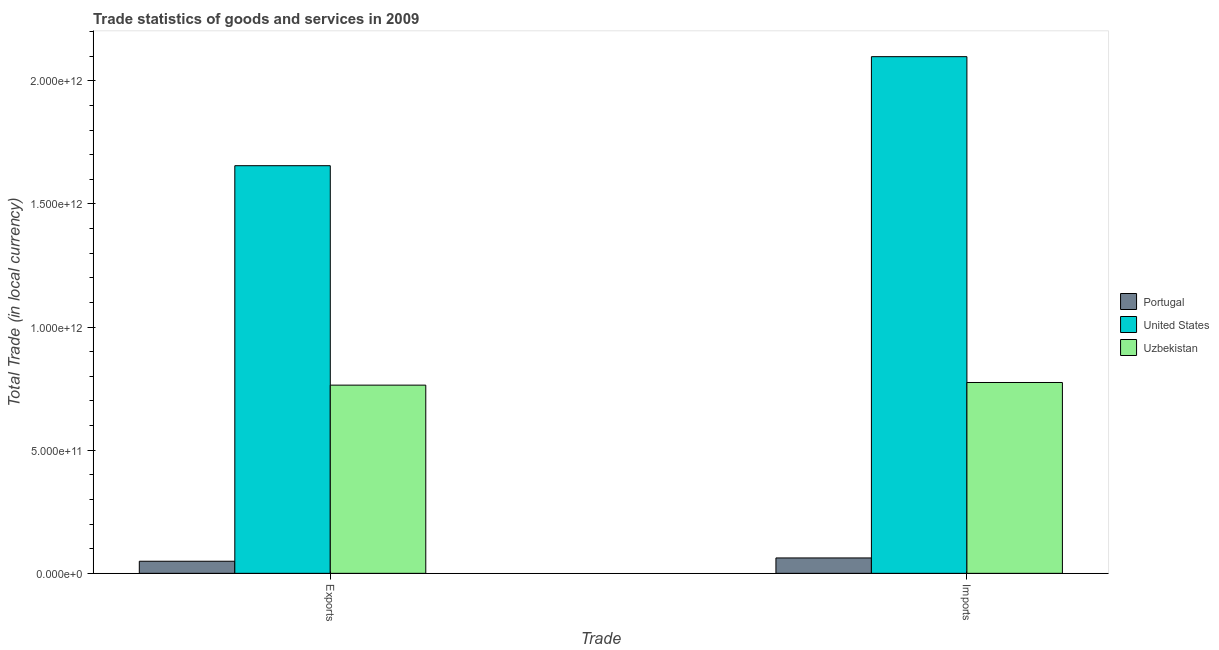
| Trade | Portugal | United States | Uzbekistan |
 | --- | --- | --- | --- |
 | Exports | 4.91e+10 | 1.66e+12 | 7.64e+11 |
 | Imports | 6.25e+10 | 2.1e+12 | 7.75e+11 |